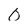
Character: O